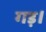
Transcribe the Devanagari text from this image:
गड़।